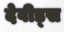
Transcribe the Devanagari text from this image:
देवीड्स